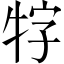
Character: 牸